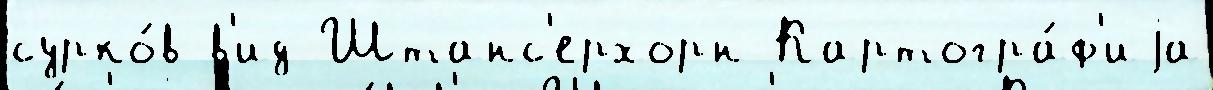
сурко́в в'ид Штанс'ерхорн Картогра́ф'иjа